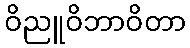
ဝိညူဝိဘာဝိတာ